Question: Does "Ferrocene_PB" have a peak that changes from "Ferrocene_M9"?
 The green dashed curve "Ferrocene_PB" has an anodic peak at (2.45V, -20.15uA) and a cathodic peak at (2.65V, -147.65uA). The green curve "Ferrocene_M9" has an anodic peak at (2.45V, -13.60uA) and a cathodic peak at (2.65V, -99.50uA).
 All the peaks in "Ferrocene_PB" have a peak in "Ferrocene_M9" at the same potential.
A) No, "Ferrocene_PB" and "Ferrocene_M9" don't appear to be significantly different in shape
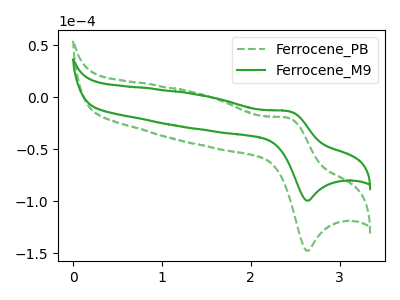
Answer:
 <answer>A) No, "Ferrocene_PB" and "Ferrocene_M9" don't appear to be significantly different in shape</answer>
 <eval>A</eval>